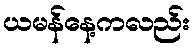
ယမန်နေ့ကလည်း